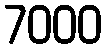
7000